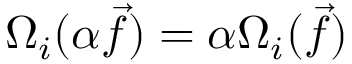
\Omega _ { i } ( \alpha \vec { f } ) = \alpha \Omega _ { i } ( \vec { f } )